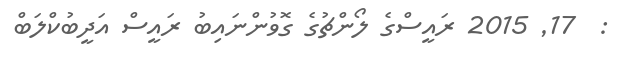
:  17